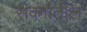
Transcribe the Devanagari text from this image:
संवर्गातील